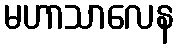
မဟာသာလေန